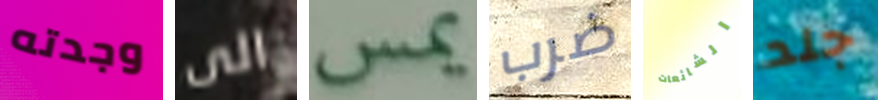
وجدته الى يمس ضرب الشائعات جلد